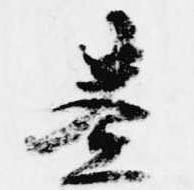
奏